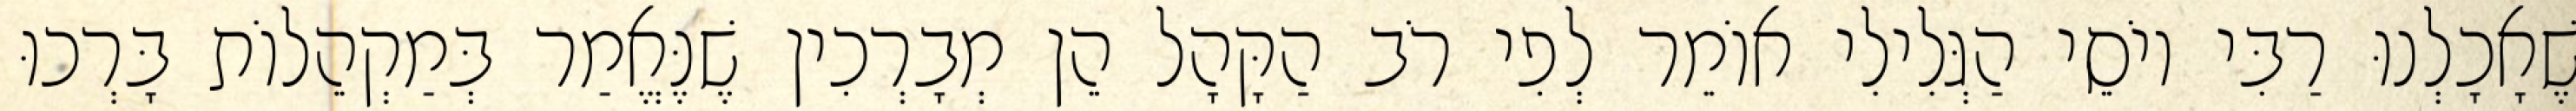
שֶׁאָכָלְנוּ רַבִּי יוֹסֵי הַגְּלִילִי אוֹמֵר לְפִי רֹב הַקָּהָל הֵן מְבָרְכִין שֶׁנֶּאֱמַר בְּמַקְהֵלוֹת בָּרְכוּ